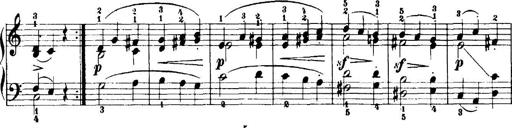
Title: 7 Sonatinas
Composer: Anton Diabelli